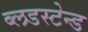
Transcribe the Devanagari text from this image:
ब्लडस्टेन्ड